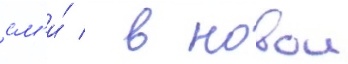
см'и́ / в новои